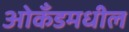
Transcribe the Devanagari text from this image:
ओकॅंडमधील